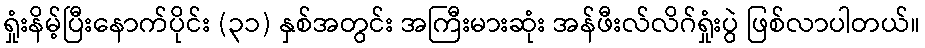
ရှုံးနိမ့်ပြီးနောက်ပိုင်း (၃၁) နှစ်အတွင်း အကြီးမားဆုံး အန်ဖီးလ်လိဂ်ရှုံးပွဲ ဖြစ်လာပါတယ်။